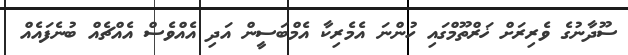
ސޫދާނުގެ ވެރިރަށް ޚަރްތޫމްގައި ހުންނަ އެމެރިކާ އެމްބަސީން އަދި އެއްވެސް އެއްޗެއް ބުނެފައެއް